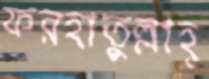
ফরহাতুল্লাহ্